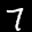
Label: 7